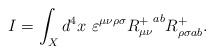
LaTeX: \begin{align*}I=\int_{X}d^{4}x\ \varepsilon ^{\mu \nu \rho \sigma }{R_{\mu \nu }^{+}}^{ab}R_{\rho \sigma ab}^{+}.\end{align*}